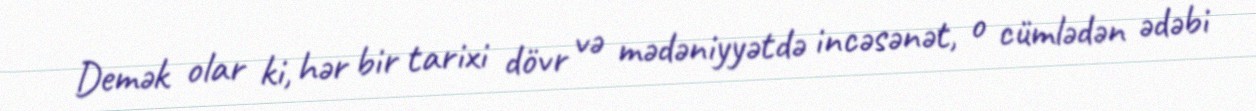
Demək olar ki, hər bir tarixi dövr və mədəniyyətdə incəsənət, o cümlədən ədəbi